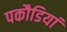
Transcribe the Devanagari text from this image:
पकौडियां